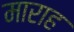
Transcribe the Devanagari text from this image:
माराह